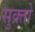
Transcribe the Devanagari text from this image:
सुक्र्तो